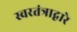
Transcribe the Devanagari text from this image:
स्वरतंत्राद्वारे